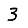
Digit: 3